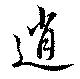
逍